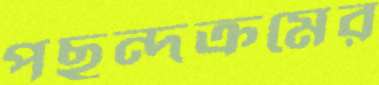
পছন্দক্রমের